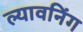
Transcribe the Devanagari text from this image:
ल्यावनिंग